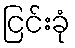
ငြင်းခုံ